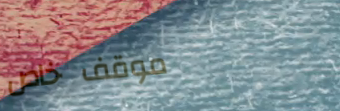
موقف خاص